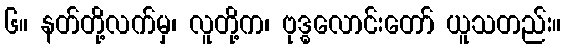
၆။ နတ်တို့လက်မှ၊ လူတို့က၊ ဗုဒ္ဓလောင်းတော် ယူသတည်း။